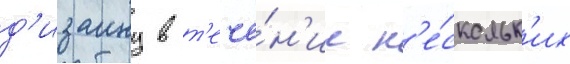
д'изаину в т'ече́н'ие н'е́скольк'их